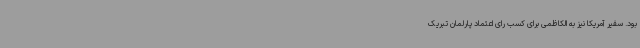
بود. سفیر آمریکا نیز به الکاظمی برای کسب رای اعتماد پارلمان تبریک